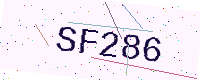
Text: SF286